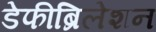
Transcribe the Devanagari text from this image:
डेफीब्रिलेशन